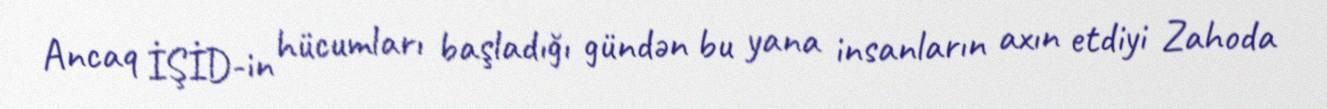
Ancaq İŞİD-in hücumları başladığı gündən bu yana insanların axın etdiyi Zahoda